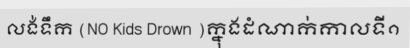
លង់ទឹក (NO Kids Drown )ក្នុងដំណាក់កាលទី១